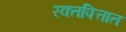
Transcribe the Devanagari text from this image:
रक्तपित्तात